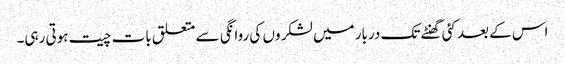
اس کے بعد کئی گھنٹے تک دربار میں لشکر وں کی روانگی سے متعلق بات چیت ہوتی رہی۔